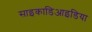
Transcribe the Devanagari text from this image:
साइकाडिआइडिया